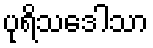
ပုရိသဒေါသာ